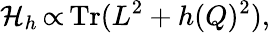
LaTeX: {\cal H}_{h}\thinspace{\propto}\thinspace\mathrm{Tr}(L^{2}+h(Q)^{2}),